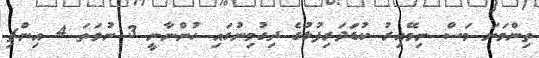
ތިންވަނަ މަސް ނިމޭއިރު ކުޑަދަރިފުޅުގެ ދިގުމިނުގައި ހުންނާނީ 3 ނުވަތަ 4 އިންޗި